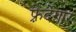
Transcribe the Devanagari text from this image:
फ़्रेदेगार